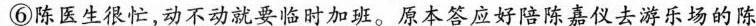
⑥陈医生很忙，动不动就要临时加班。原本答应好陪陈嘉仪去游乐场的陈